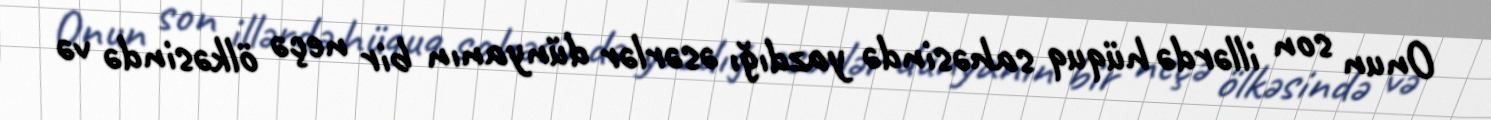
Onun son illərdə hüquq sahəsində yazdığı əsərlər dünyanın bir neçə ölkəsində və